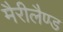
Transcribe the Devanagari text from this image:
मैरीलैण्ड